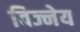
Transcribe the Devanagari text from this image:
विज्नेय